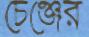
চেঞ্জের